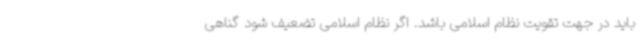
باید در جهت تقویت نظام اسلامی باشد. اگر نظام اسلامی تضعیف شود گناهی